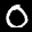
Label: 0